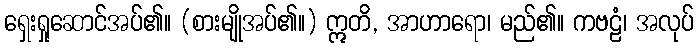
ရှေးရှုဆောင်အပ်၏။ (စားမျိုအပ်၏။) ဣတိ, အာဟာရော၊ မည်၏။ ကဗဠံ၊ အလုပ်